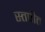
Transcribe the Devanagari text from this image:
स्तपीत